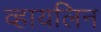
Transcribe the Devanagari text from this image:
व्हायलिन